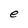
Character: e